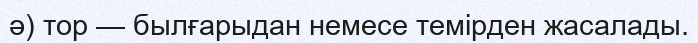
ә) тор — былғарыдан немесе темірден жасалады.